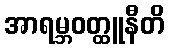
အာရမ္ဘဝတ္ထူနီတိ